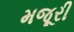
મજૂરી